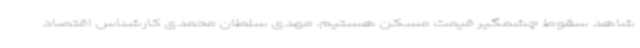
شاهد سقوط چشمگیر قیمت مسکن هستیم. مهدی سلطان محمدی کارشناس اقتصاد